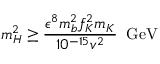
m _ { H } ^ { 2 } \geq \frac { \epsilon ^ { 8 } m _ { b } ^ { 2 } f _ { K } ^ { 2 } m _ { K } } { 1 0 ^ { - 1 5 } v ^ { 2 } } \; \; \mathrm { G e V }